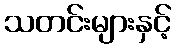
သတင်းများနှင့်